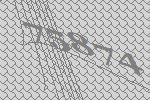
75874